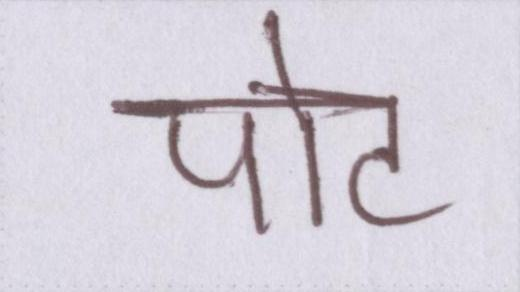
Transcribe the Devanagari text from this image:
पोट